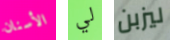
الأسنان لي ليزبن